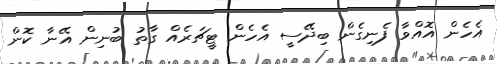
އެހެން އޮއްވާ ފެނިގެން ބިދޭސީ އެހެން ޓީޗަރެއް ގާތު ބުނިން އޭނާ ކޮން